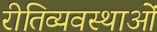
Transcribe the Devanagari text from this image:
रीतिव्यवस्थाओं